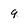
Character: 9